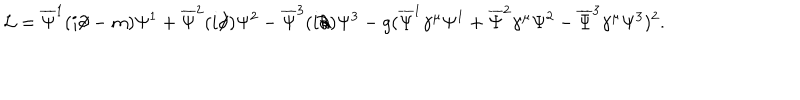
{ \cal L } = \overline { { { \Psi } } } ^ { 1 } ( i \partial \! \! \! / - m ) \Psi ^ { 1 } + \overline { { { \Psi } } } ^ { 2 } ( i \partial \! \! \! / ) \Psi ^ { 2 } - \overline { { { \Psi } } } ^ { 3 } ( i \partial \! \! \! / ) \Psi ^ { 3 } - g ( \overline { { { \Psi } } } ^ { 1 } \gamma ^ { \mu } \Psi ^ { 1 } + \overline { { { \Psi } } } ^ { 2 } \gamma ^ { \mu } \Psi ^ { 2 } - \overline { { { \Psi } } } ^ { 3 } \gamma ^ { \mu } \Psi ^ { 3 } ) ^ { 2 } .